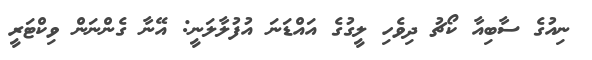
ނިއުގެ ސާބިއާ ކޯޗު ދިވެހި ލީގުގެ އައްޑަނަ އުފުލާލަނީ: އޭނާ ގެންނަން ވިކްޓަރީ